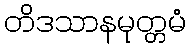
တိဒသာနမုတ္တမံ